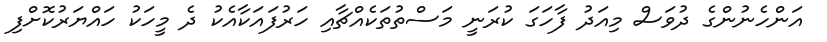
އަންހެނުންގެ ދުވަސް މިއަދު ފާހަގަ ކުރަނީ މަސްތުތަކެއްޗާއި ހަރުފަައަކާއެކު ދެ މީހަކު ހައްޔަރުކޮށްފި